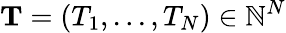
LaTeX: \mathbf{T}=(T_{1},...,T_{N})\in\mathbb{N}^{N}